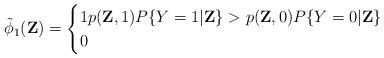
LaTeX: \begin{align*}\tilde{\phi}_{1}(\textbf{Z})=\begin{cases}1 p(\textbf{Z},1)P\{Y=1 \vert \textbf{Z}\} > p(\textbf{Z},0) P\{Y=0 \vert \textbf{Z}\}\\0 \end{cases}\end{align*}